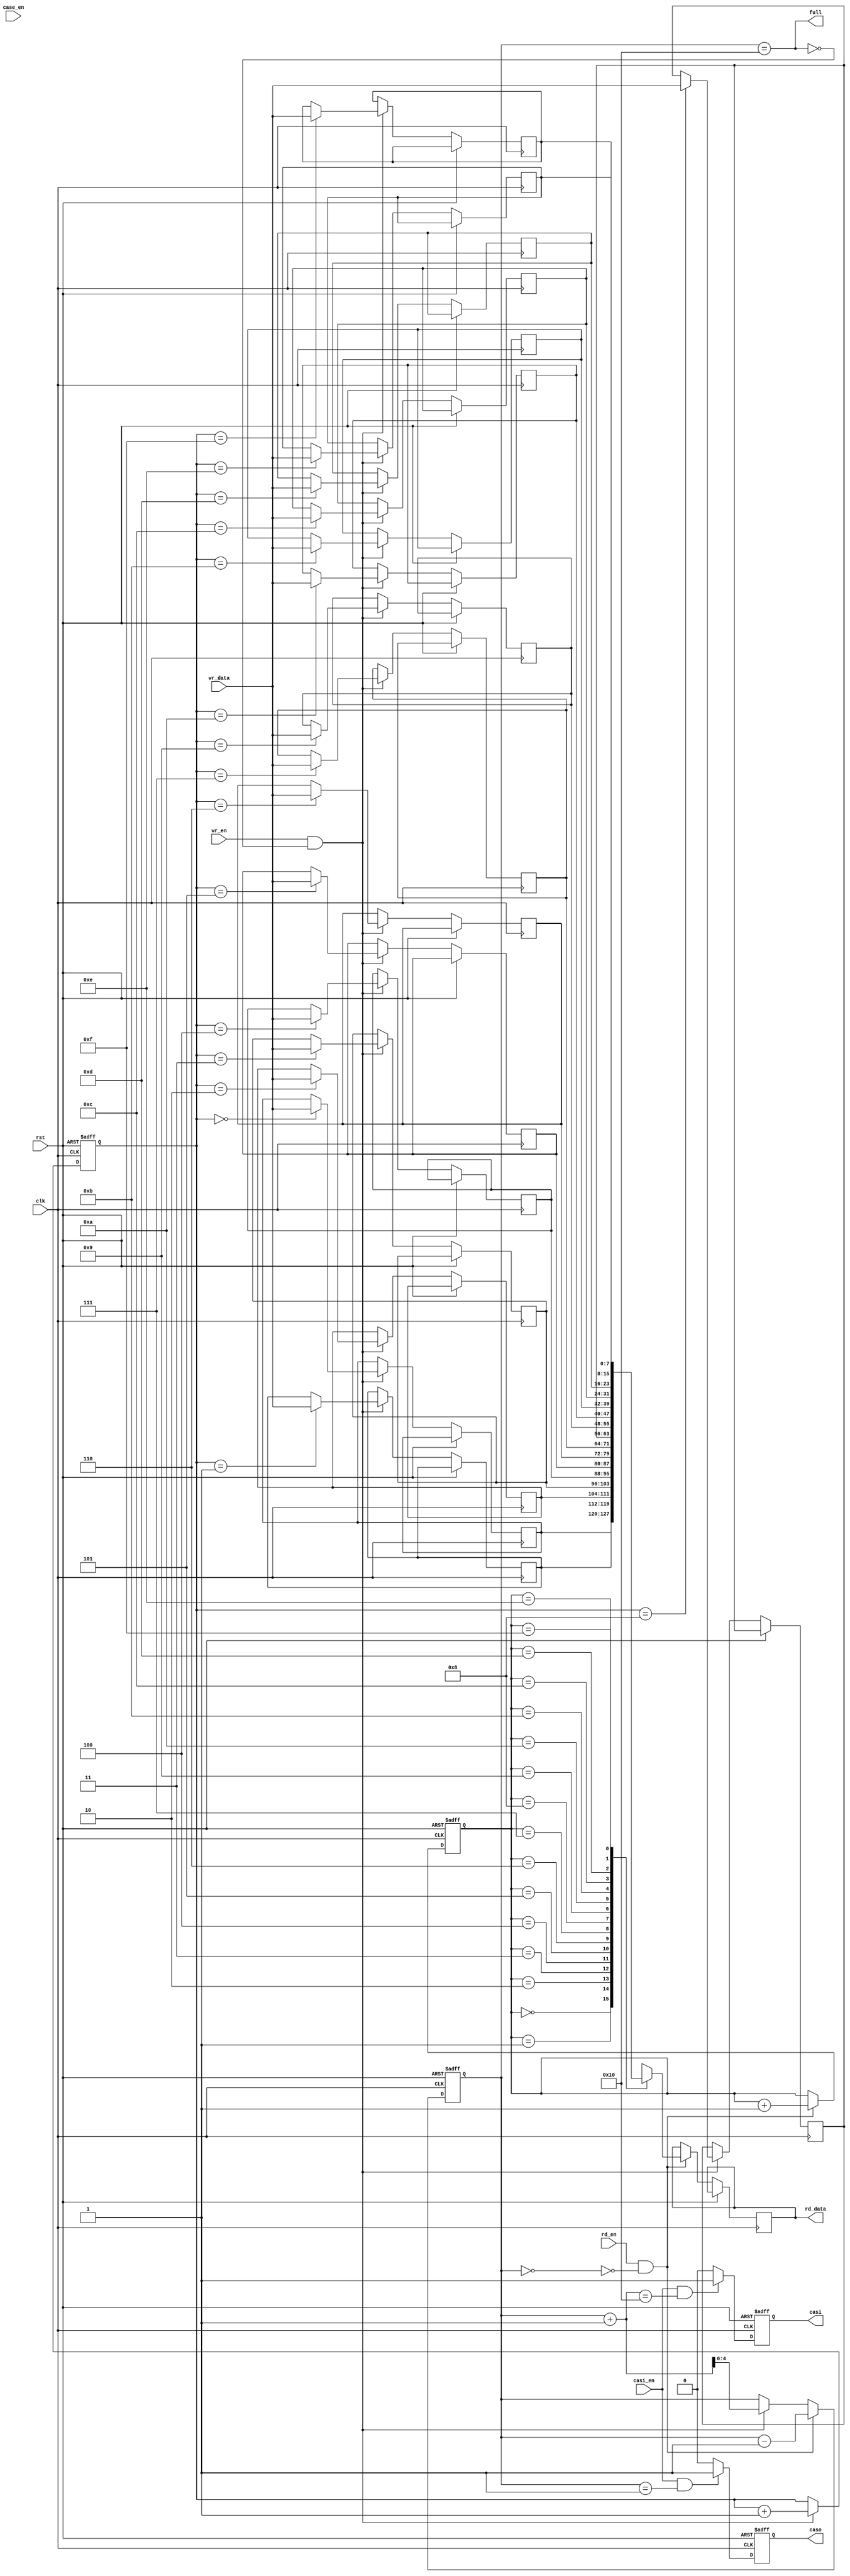
module fifo #(
  parameter ADDR_WIDTH = 4, // Adjust FIFO size
  parameter DATA_WIDTH = 8 // Adjust data width
)(
  input wire clk, // Clock signal
  input wire rst, // Reset signal
  input wire wr_en, // Write enable signal
  input wire [DATA_WIDTH-1:0] wr_data, // Data to be written
  output wire full, // Full flag
  input wire rd_en, // Read enable signal
  output wire [DATA_WIDTH-1:0] rd_data, // Data read from FIFO
  input wire casi_en = 0, // Almost full flag enable signal
  output wire casi, // Almost full flag
  input wire case_en = 0, // Almost empty flag enable signal
  output wire caso // Almost empty flag
);

reg [(DATA_WIDTH-1):0] mem[2**ADDR_WIDTH-1:0]; // Memory array for FIFO
reg [(ADDR_WIDTH-1):0] wr_ptr, rd_ptr; // Write and read pointers
reg [(ADDR_WIDTH):0] count; // Counter for number of elements in FIFO

always @(posedge clk or posedge rst) begin
  if (rst) begin
    wr_ptr <= 0;
    rd_ptr <= 0;
    count <= 0;
  end else begin
    if (wr_en && !full) begin
      mem[wr_ptr] <= wr_data;
      wr_ptr <= wr_ptr + 1;
      count <= count + 1;
    end
    
    if (rd_en && !empty) begin
      rd_data <= mem[rd_ptr];
      rd_ptr <= rd_ptr + 1;
      count <= count - 1;
    end
  end
end

assign full = (count == 2**ADDR_WIDTH);
assign empty = (count == 0);

// Additional functionality for almost full and almost empty flags

always @(posedge clk or posedge rst) begin
  if (rst) begin
    casi <= 0;
  end else begin
    if (casi_en && ((count+1) == 2**ADDR_WIDTH)) begin
      casi <= 1;
    end else begin
      casi <= 0;
    end
  end
end

always @(posedge clk or posedge rst) begin
  if (rst) begin
    caso <= 0;
  end else begin
    if (casi_en && (count == 1)) begin
      caso <= 1;
    end else begin
      caso <= 0;
    end
  end
end

endmodule